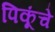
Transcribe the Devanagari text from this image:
पिकूंचे